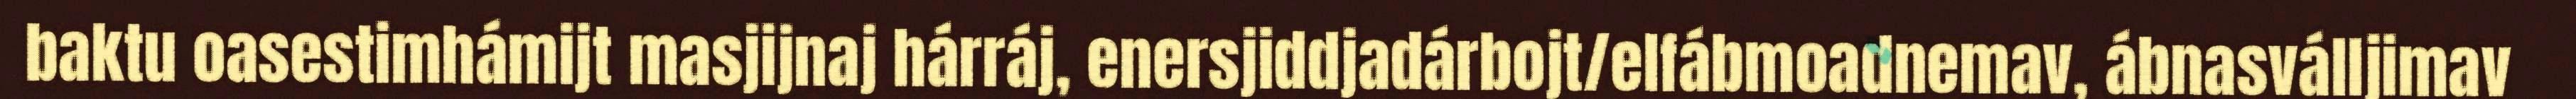
baktu oasestimhámijt masjijnaj hárráj, enersjiddjadárbojt/elfábmoadnemav, ábnasválljimav